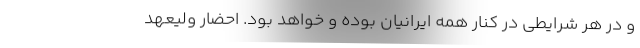
و در هر شرایطی در کنار همه ایرانیان بوده و خواهد بود. احضار ولیعهد